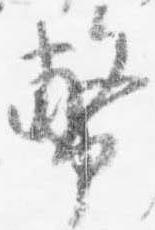
幣